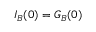
I _ { B } ( 0 ) = G _ { B } ( 0 )